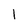
Character: 1